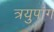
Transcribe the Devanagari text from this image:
त्रयुपांग